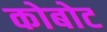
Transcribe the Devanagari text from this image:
कोबोट